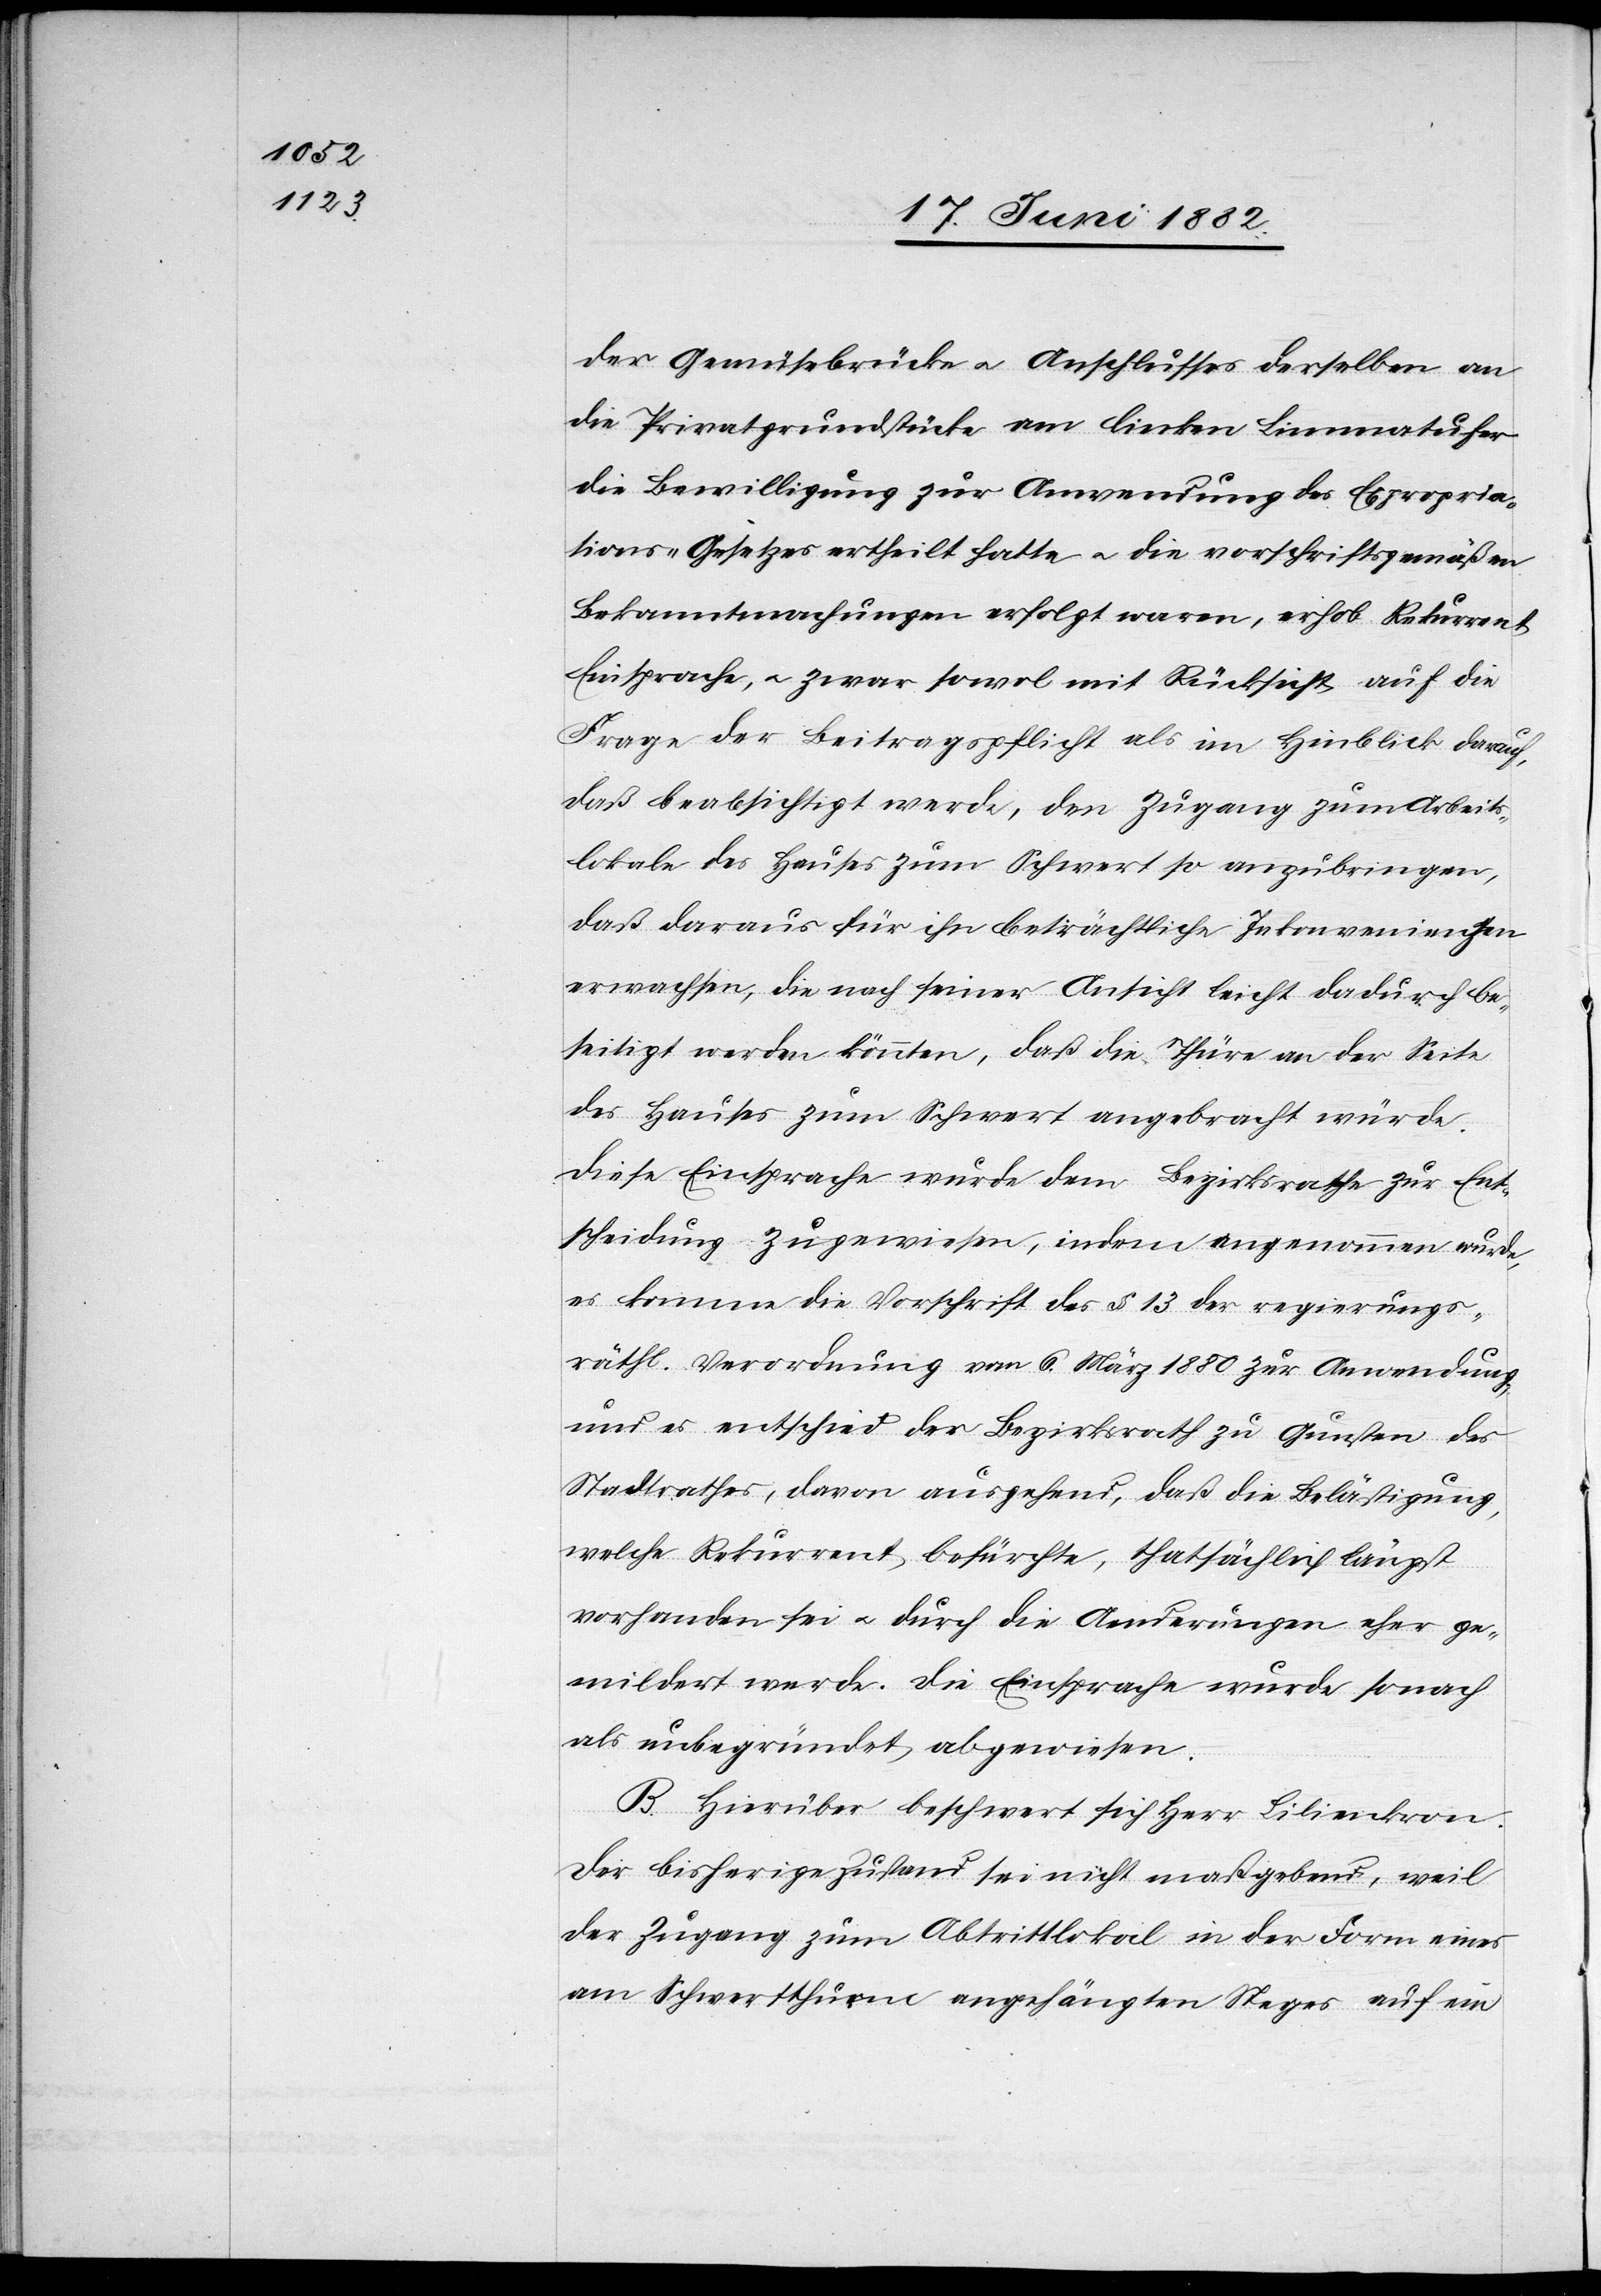
der Gemüsebrücke u. Anschlusses derselben an
die Privatgrundstücke am linken Limmatufer
die Bewilligung zur Anwendung des Expropria¬
tions-Gesetzes ertheilt hatte u. die vorschriftsgemäßen
Bekanntmachungen erfolgt waren, erhob Rekurrent
Einsprache, u. zwar sowol mit Rücksicht auf die
Frage der Beitragspflicht als im Hinblick darauf,
daß beabsichtigt werde, den Zugang zum Arbeits¬
lokale des Hauses zum Schwert so anzubringen,
daß daraus für ihn beträchtliche Inkonvenienzen
erwachsen, die nach seiner Ansicht leicht dadurch be¬
seitigt werden könnten, daß die Thüre an der Seite
des Hauses zum Schwert angebracht würde.
Dies Einsprache wurde dem Bezirksrathe zur Ent¬
scheidung zugewiesen, indem angenommen wurde,
es komme die Vorschrift des § 13 des regierungs¬
räthl. Verordnung vom 6. März 1880 zur Anwendung,
und es entschied der Bezirksrath zu Gunsten des
Stadtrathes, davon ausgehend, daß die Belästigung,
welche Rekurrent befürchte thatsächlich längst
vorhanden sei u. durch die Aenderungen eher ge¬
mildert werde. Die Einsprache wurde sonach
als unbegründet abgewiesen.
B. Hierüber beschwert sich Herr Linienkorn.
Der bisherige Zustand sei nicht maßgebend, weil
der Zugang zum Abtrittlokal in der Form eines
am Schwertthurm angehängten Steges auf ein